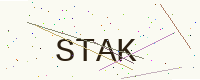
Text: STAK